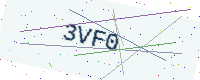
Text: 3VF0